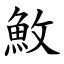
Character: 䰻